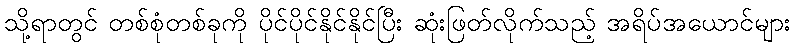
သို့ရာတွင် တစ်စုံတစ်ခုကို ပိုင်ပိုင်နိုင်နိုင်ပြီး ဆုံးဖြတ်လိုက်သည့် အရိပ်အယောင်များ